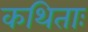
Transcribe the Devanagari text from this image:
कथिताः